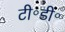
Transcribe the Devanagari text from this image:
टी॰डी॰